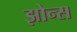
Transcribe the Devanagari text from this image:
झोन्स